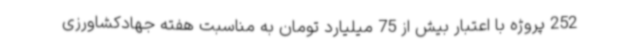
252 پروژه با اعتبار بیش از 75 میلیارد تومان به مناسبت هفته جهادکشاورزی